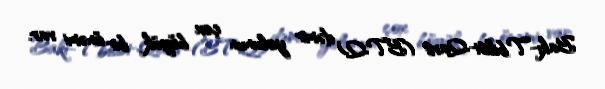
Bakı-Tbilisi-Qars (BTQ) dəmir yolunun çox böyük bir önəmi var.